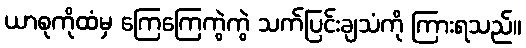
ယာစုကိုထံမှ ကြေကြေကွဲကွဲ သက်ပြင်းချသံကို ကြားရသည်။